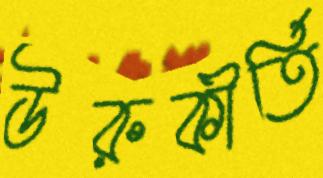
উরুকীর্তি